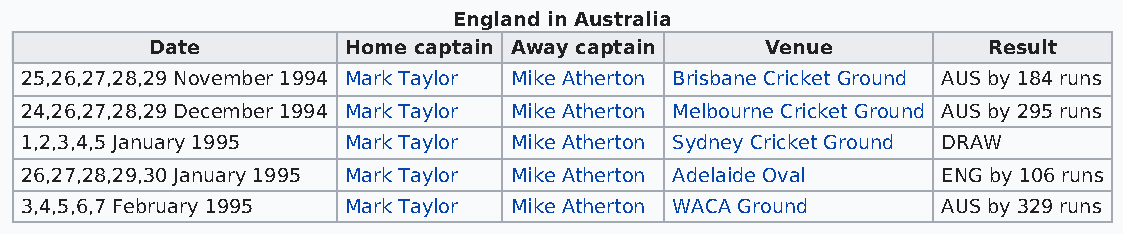
England in Australia
 Date         Home captain Away captain   Venue         Result
 25,26,27,28,29 November 1994 Mark Taylor Mike Atherton Brisbane Cricket Ground AUS by 184 runs
 24,26,27,28,29 December 1994 Mark Taylor Mike Atherton Melbourne Cricket Ground AUS by 295 runs
 1,2,3,4,5 January 1995 Mark Taylor Mike Atherton Sydney Cricket Ground DRAW
 26,27,28,29,30 January 1995 Mark Taylor Mike Atherton Adelaide Oval ENG by 106 runs
 3,4,5,6,7 February 1995 Mark Taylor Mike Atherton WACA Ground AUS by 329 runs